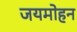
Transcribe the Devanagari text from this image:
जयमोहन